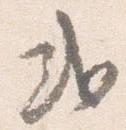
或